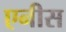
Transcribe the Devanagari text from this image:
एनीस